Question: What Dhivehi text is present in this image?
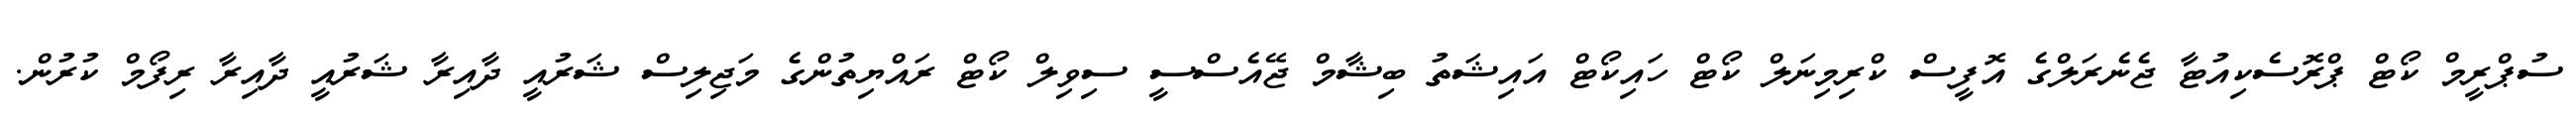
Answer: ސުޕްރީމް ކޯޓް ޕްރޮސެކިއުޓާ ޖެނެރަލްގެ އޮފީސް ކްރިމިނަލް ކޯޓް ހައިކޯޓް އައިޝަތު ބިޝާމް ޖޭއެސްސީ ސިވިލް ކޯޓް ރައްޔިތުންގެ މަޖިލިސް ޝަރުއީ ދާއިރާ ޝަރުއީ ދާއިރާ ރިފޯމް ކުރުން.